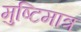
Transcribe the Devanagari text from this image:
मुष्टिमात्र